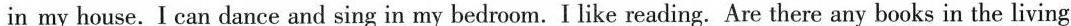
in my house.I can dance and sing in my bedroom.I like reading. Are there any books in the living